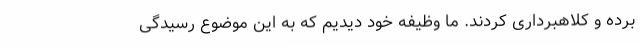
برده و کلاهبرداری کردند. ما وظیفه خود دیدیم که به این موضوع رسیدگی